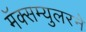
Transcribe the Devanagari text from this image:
मॅक्सम्युलरने